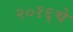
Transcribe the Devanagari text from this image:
२०१६चे